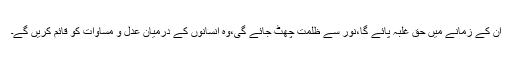
ان کے زمانے میں حق غلبہ پائے گا،نور سے ظلمت چھٹ جائے گی،وہ انسانوں کے درمیان عدل و مساوات کو قائم کریں گے۔